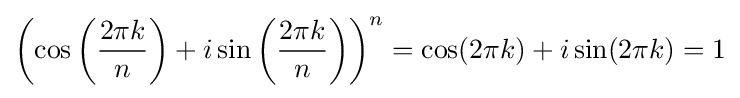
\left(\cos \left({\frac {2\pi k}{n}}\right)+i\sin \left({\frac {2\pi k}{n}}\right)\right)^{n}=\cos(2\pi k)+i\sin(2\pi k)=1